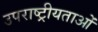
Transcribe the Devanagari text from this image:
उपराष्ट्रीयताओं